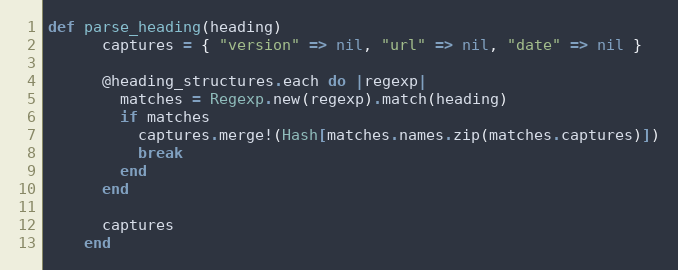
Language: Ruby
def parse_heading(heading)
      captures = { "version" => nil, "url" => nil, "date" => nil }

      @heading_structures.each do |regexp|
        matches = Regexp.new(regexp).match(heading)
        if matches
          captures.merge!(Hash[matches.names.zip(matches.captures)])
          break
        end
      end

      captures
    end